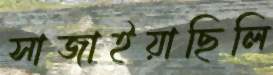
সাজাইয়াছিলি